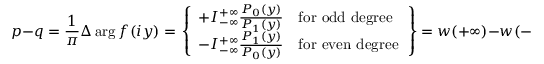
p - q = { \frac { 1 } { \pi } } \Delta \arg f ( i y ) = \left. { \left\{ \begin{array} { l l } { + I _ { - \infty } ^ { + \infty } { \frac { P _ { 0 } ( y ) } { P _ { 1 } ( y ) } } } & { { \mathrm { f o r ~ o d d ~ d e g r e e } } } \\ { - I _ { - \infty } ^ { + \infty } { \frac { P _ { 1 } ( y ) } { P _ { 0 } ( y ) } } } & { { \mathrm { f o r ~ e v e n ~ d e g r e e } } } \end{array} \right. } \right\} = w ( + \infty ) - w ( - \infty ) .